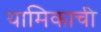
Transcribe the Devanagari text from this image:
यामिकाची